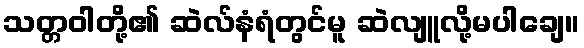
သတ္တဝါတို့၏ ဆဲလ်နံရံတွင်မူ ဆဲလျူလို့မပါချေ။